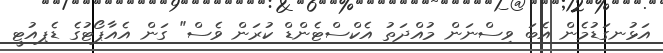
އަޅުނގަޑުމެން އެބަ ވިސްނަން މުއްދަތު އެކްސްޓެންޑް ކުރަން ވެސް" ގަން އެއާޕޯޓުގެ ޑެޕިއުޓީ